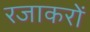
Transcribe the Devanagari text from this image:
रजाकरों